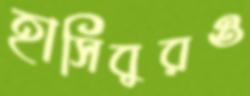
হাসিবুরও